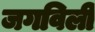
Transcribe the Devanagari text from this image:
जगविली